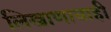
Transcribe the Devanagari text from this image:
लिखाणाचाही